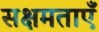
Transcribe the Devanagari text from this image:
सक्षमताएँ